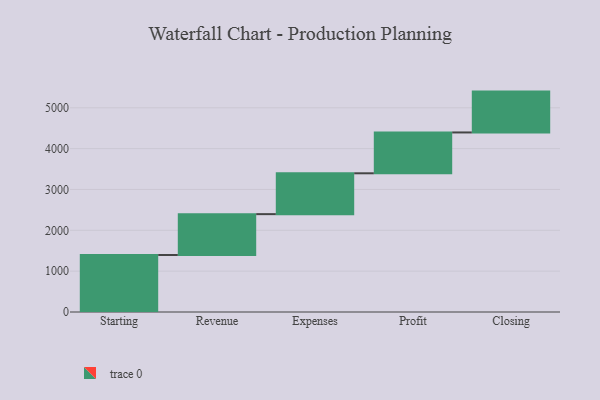
{"axis": {"x": "Step", "y": "Value"}, "legend": [""], "data": [{"x": "Starting", "y": 1396.0, "type": ""}, {"x": "Revenue", "y": 1000, "type": ""}, {"x": "Expenses", "y": 1000, "type": ""}, {"x": "Profit", "y": 1000, "type": ""}, {"x": "Closing", "y": 1000, "type": ""}]}